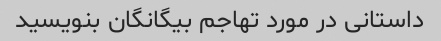
داستانی در مورد تهاجم بیگانگان بنویسید